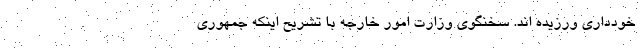
خودداری ورزیده اند. سخنگوی وزارت امور خارجه با تشریح اینکه جمهوری